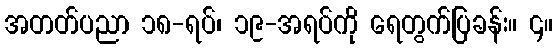
အတတ်ပညာ ၁၈-ရပ်၊ ၁၉-အရပ်ကို ရေတွက်ပြခန်း။ ၄။